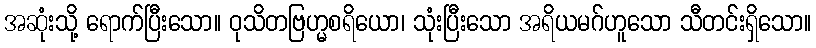
အဆုံးသို့ ရောက်ပြီးသော။ ဝုသိတဗြဟ္မစရိယော၊ သုံးပြီးသော အရိယမဂ်ဟူသော သီတင်းရှိသော။